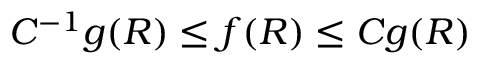
C ^ { - 1 } g ( R ) \le f ( R ) \le C g ( R )